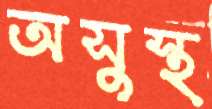
অসুস্থ